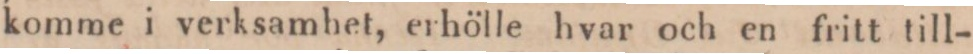
komme i verksamhet, erhölle hvar och en fritt till-